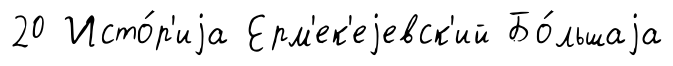
20 Исто́р'иjа Ерм'ек'еjевск'ий Бо́льшаjа